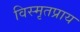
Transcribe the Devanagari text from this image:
विस्मृतप्राय